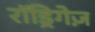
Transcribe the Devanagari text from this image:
रॉड्रिगेज़